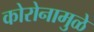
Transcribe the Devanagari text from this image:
कोरोनामुळे